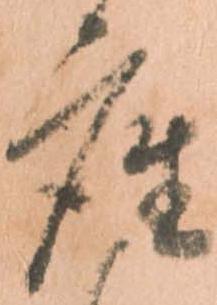
座